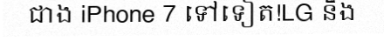
ជាង iPhone 7 ទៅទៀត!LG នឹង